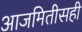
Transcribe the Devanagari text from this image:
आजमितीसही